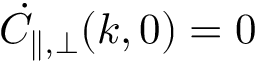
\dot { C } _ { \parallel , \perp } ( k , 0 ) = 0